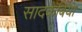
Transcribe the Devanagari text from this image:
सादकबिया